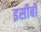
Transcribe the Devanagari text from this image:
इसीबी